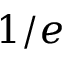
1 / e